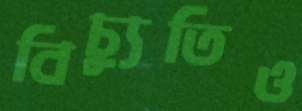
বিচ্যুতিও